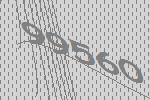
99560